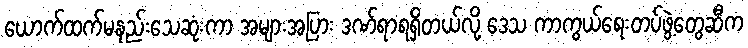
ယောက်ထက်မနည်းသေဆုံးကာ အများအပြား ဒဏ်ရာရရှိတယ်လို့ ဒေသ ကာကွယ်ရေးတပ်ဖွဲ့တွေဆီက